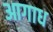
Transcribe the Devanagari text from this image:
आगाध